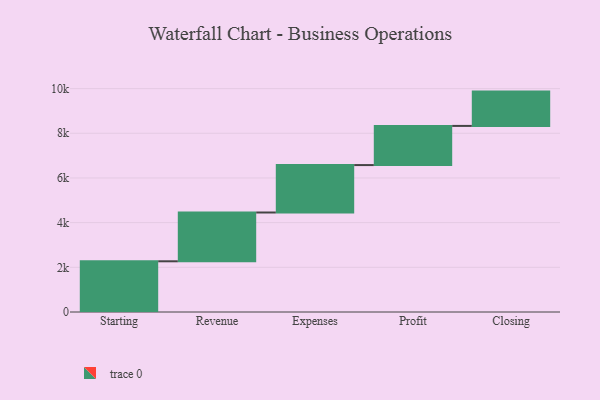
{"axis": {"x": "Step", "y": "Value"}, "legend": [""], "data": [{"x": "Starting", "y": 2270.0, "type": ""}, {"x": "Revenue", "y": 2184.0, "type": ""}, {"x": "Expenses", "y": 2123.0, "type": ""}, {"x": "Profit", "y": 1753.0, "type": ""}, {"x": "Closing", "y": 1536.0, "type": ""}]}